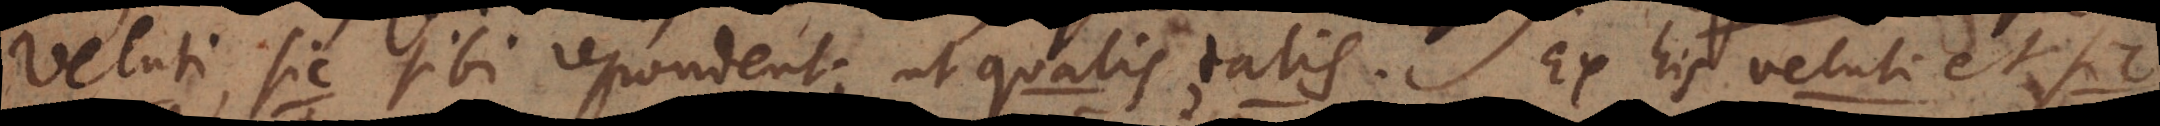
Veluti, sic sibi respondent; ut qualis, talis. Ex his veluti et sic